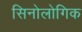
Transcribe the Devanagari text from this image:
सिनोलोगिक